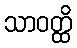
သာဝတ္ထိ